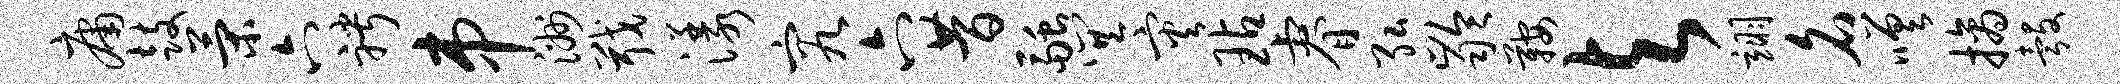
庸鼓策六聘串洲戢漾究六昔融巽灾玷睿弘龄鞍与翊名嗟摘彀